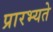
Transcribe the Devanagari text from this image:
प्रारभ्यते